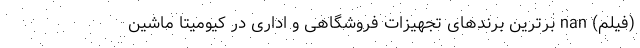
(فیلم) nan برترین برندهای تجهیزات فروشگاهی و اداری در کیومیتا ماشین